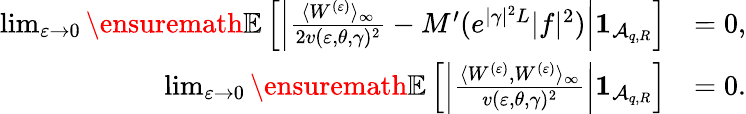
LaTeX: \begin{array}{rl}{\operatorname*{lim}_{\varepsilon\to 0}{\ensuremath{\mathbb E}}\left[\left|\frac{\langle W^{(\varepsilon)}\rangle_{\infty}}{2v(\varepsilon,\theta,\gamma)^{2}}-M^{\prime}(e^{|\gamma|^{2}L}|f|^{2})\right|\mathbf{1}_{\mathcal A_{q,R}}\right]}&{=0,}\\ {\operatorname*{lim}_{\varepsilon\to 0}{\ensuremath{\mathbb E}}\left[\left|\frac{\langle W^{(\varepsilon)},W^{(\varepsilon)}\rangle_{\infty}}{v(\varepsilon,\theta,\gamma)^{2}}\right|\mathbf{1}_{\mathcal A_{q,R}}\right]}&{=0.}\end{array}